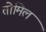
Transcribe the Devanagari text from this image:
तोमिल